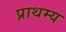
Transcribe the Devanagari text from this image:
प्राथम्य